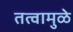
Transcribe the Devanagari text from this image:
तत्वामुळे